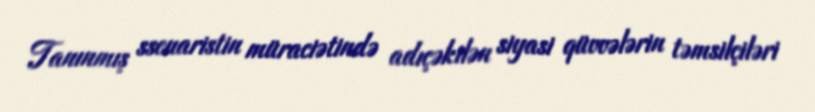
Tanınmış ssenaristin müraciətində adıçəkilən siyasi qüvvələrin təmsilçiləri